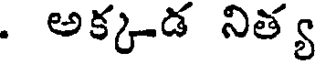
. అక్కడ నిత్య